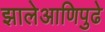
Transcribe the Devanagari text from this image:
झालेआणिपुढे